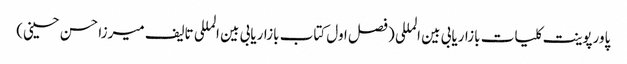
پاورپوینت کلیات بازاریابی بین المللی (فصل اول کتاب بازاریابی بین المللی تالیف میرزا حسن حسینی)